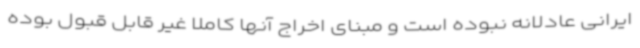
ایرانی عادلانه نبوده است و مبنای اخراج آنها کاملاً غیر قابل قبول بوده